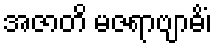
အဇာတိ မဇရာဗျာဓိံ၊